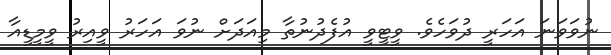
ނުވަވަނަ އަހަރީ ދުވަހެވެ. ވީޓީވީ އުފެދުނުތާ މިއަދަށް ނުވަ އަހަރު ވީއިރު ވީމީޑީއާ